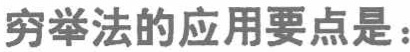
穷举法的应用要点是：